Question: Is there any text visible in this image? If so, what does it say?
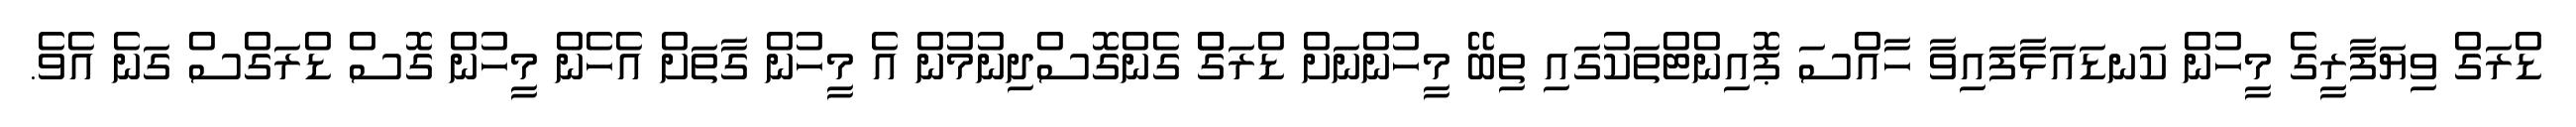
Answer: ޑްރަގް ވިޔަފާރީގެ މީހުން ކަނޑައަޅާފައިވާ ހާއްސަ ޕޮއިންޓްތަކުގައި ތިބޭ މީހުންނަށް ޑްރަގްް ގެންގޮސްދިނުމުން އެ މީހުން ގާތަށް އެހެން މީހުން ގޮސް ޑްރަގްސް ގަނެ އެވެ.